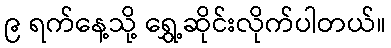
၉ ရက်နေ့သို့ ရွှေ့ဆိုင်းလိုက်ပါတယ်။